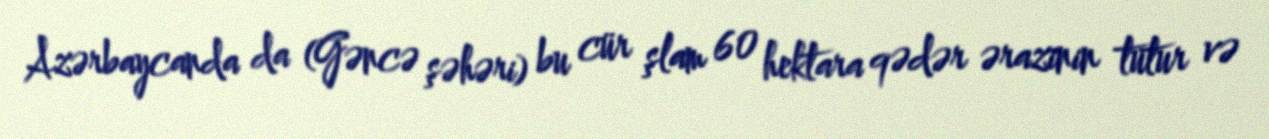
Azərbaycanda da (Gəncə şəhəri) bu cür şlam 60 hektara qədər ərazinin tutur və